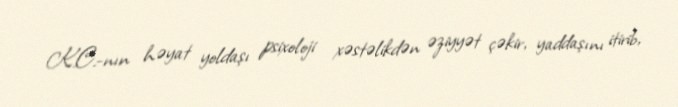
K.C.-nın həyat yoldaşı psixoloji xəstəlikdən əziyyət çəkir, yaddaşını itirib,